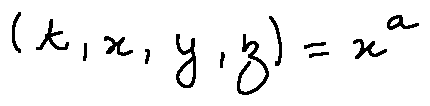
( t , x , y , z ) = x ^ { a }